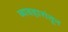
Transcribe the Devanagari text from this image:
व्यवहारांतून